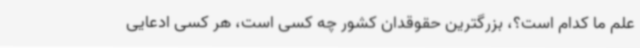
علم ما کدام است؟، بزرگترین حقوقدان کشور چه کسی است، هر کسی ادعایی